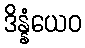
ဒိန္နံယေဝ